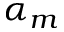
\alpha _ { m }